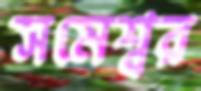
সমেশ্বর